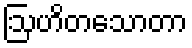
ဩဟိတသောတာ